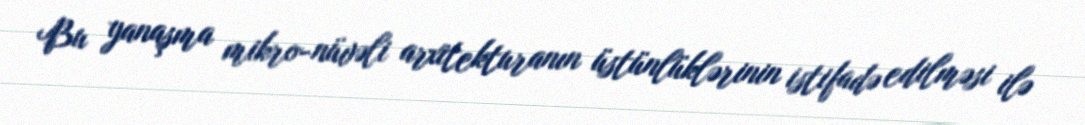
Bu yanaşma mikro-nüvəli arxitekturanın üstünlüklərinin istifadə edilməsi ilə